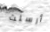
أرسلت